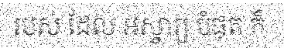
របស់ ដែល អស្ចារ្យ បំផុត ក៏